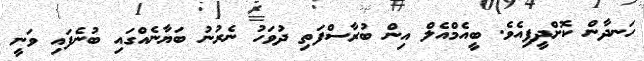
ހަނދާން ކޮށްދީފިއެވެ. ބީއެމްއެލް އިން ބުރާސްފަތި ދުވަހު ނެރުނު ބަޔާނެއްގައި ބުނެފައި ވަނީ